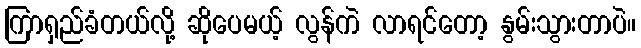
ကြာရှည်ခံတယ်လို့ ဆိုပေမယ့် လွန်ကဲ လာရင်တော့ နွမ်းသွားတာပဲ။